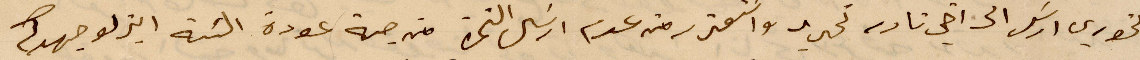
الخوري ارسل الى اخي نادر تحديد واستعر منه عدم ارسل النمرة من جهة عودة النية ابذلو جهدكم